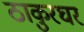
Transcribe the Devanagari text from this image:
ठाकुरघर